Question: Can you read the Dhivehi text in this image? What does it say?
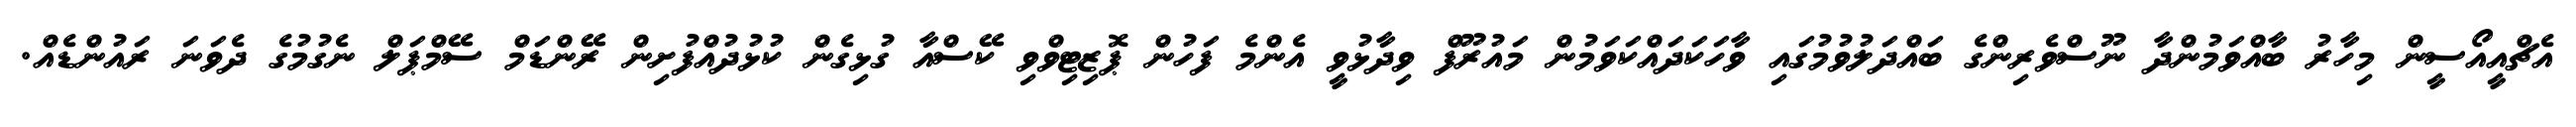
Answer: އެޗްއީއޯސީން މިހާރު ބާއްވަމުންދާ ނޫސްވެރިންގެ ބައްދަލުވުމުގައި ވާހަކަދައްކަވަމުން މައުރޫފް ވިދާޅުވީ އެންމެ ފަހުން ޕޮޒިޓިވްވި ކޭސްއާ ގުޅިގެން ކުޅުދުއްފުށިން ރޭންޑަމް ސޭމްޕަލް ނެގުމުގެ ދެވަނަ ރައުންޑެއް.